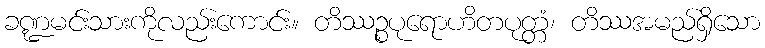
ခဏ္ဍမင်းသားကိုလည်းကောင်း။ တိဿဉ္စပုရောဟိတပုတ္တံ၊ တိဿအမည်ရှိသော